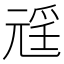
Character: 𭀩